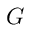
G